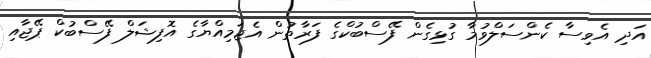
އަދި އެވިސާ ކެންސަލްވުމާ ގުޅިގެން ފޭސްބުކްގެ ފަރާތުން އެޖަމިއްޔާގެ އޮފިޝަލް ފޭސްބުކް ޕޭޖާއި